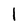
Character: 1